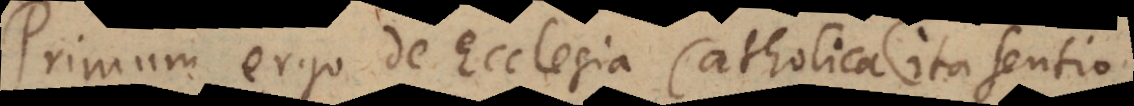
Primum ergo de Ecclesia Catholica ita sentio,